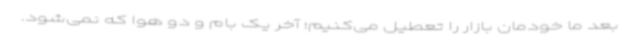
بعد ما خودمان بازار را تعطیل می‌کنیم؛ آخر یک بام و دو هوا که نمی‌شود.